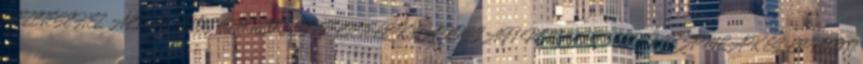
VEZETÉSÉHEZ ÁLTALÁNOS SZERZŐDÉSI FELTÉTELEK LAKOSSÁGI PÉNZFORGALMI SZÁMLÁK ÉS LEKÖTÖTT